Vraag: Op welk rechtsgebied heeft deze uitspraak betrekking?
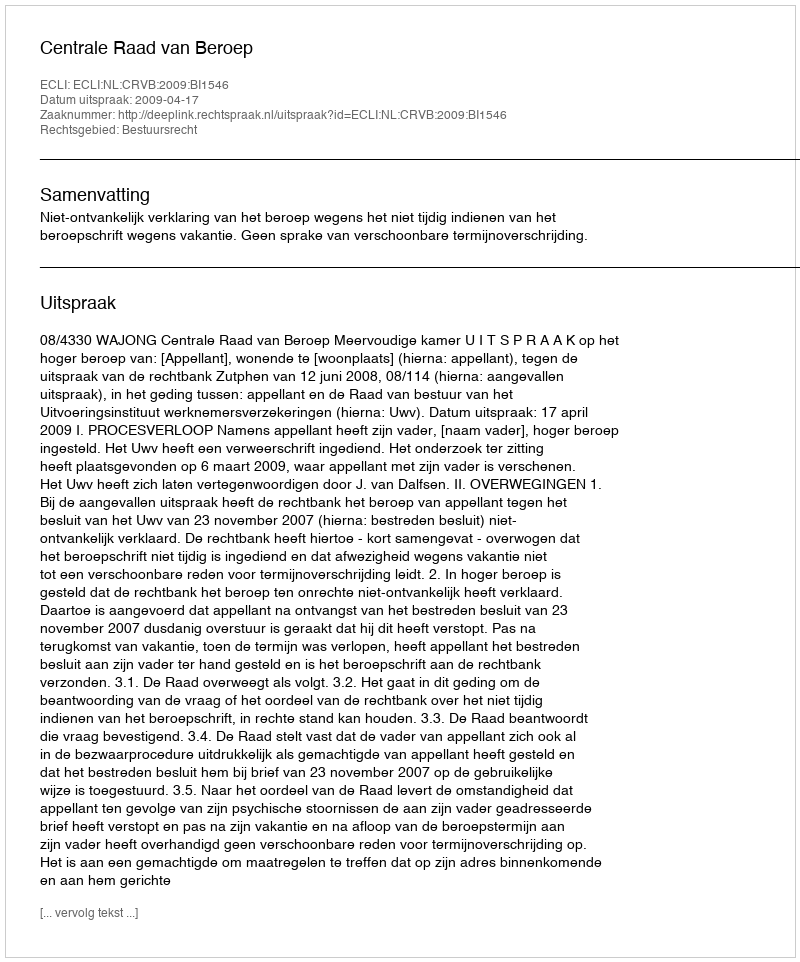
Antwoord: Bestuursrecht